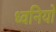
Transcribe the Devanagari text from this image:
ध्वनियो